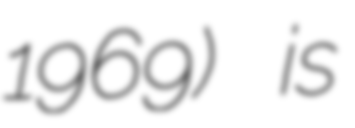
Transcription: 1969) is